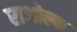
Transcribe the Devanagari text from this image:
राओल्फ